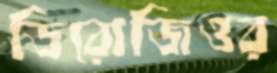
ডিরোজিওর